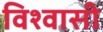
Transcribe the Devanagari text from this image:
विश्‍वासी